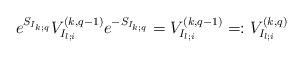
LaTeX: \begin{align*}e^{S_{I_{k;q}}}V^{(k,q-1)}_{I_{l;i}}e^{-S_{I_{k;q}}}=V^{(k,q-1)}_{I_{l;i}}=:V^{(k,q)}_{I_{l;i}}\end{align*}